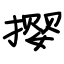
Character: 撄